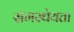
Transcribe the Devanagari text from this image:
समस्थेयता